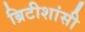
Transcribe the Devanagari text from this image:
ब्रिटीशांसी